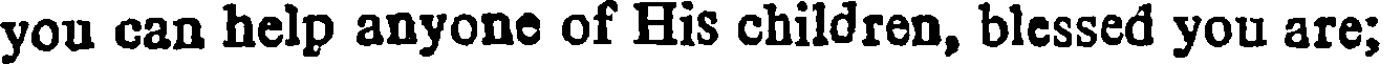
you can help anyone of His children, blessed you are;